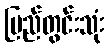
ပြည်တွင်းသုံး